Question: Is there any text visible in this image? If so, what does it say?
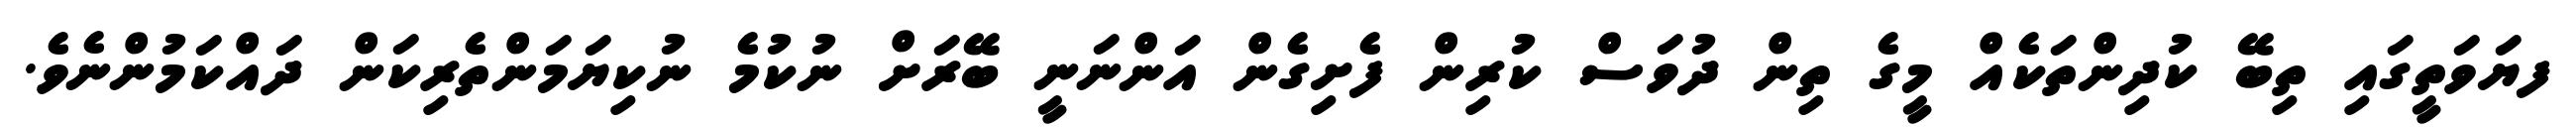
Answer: ފޔަވަތީގައި ތިބޭ ކުދިންތަކެއް މީގެ ތިން ދުވަސް ކުރިން ފެށިގެން އަންނަނީ ބޭރަށް ނުކުމެ ނުކިޔަމަންތެރިކަން ދައްކަމުންނެވެ.